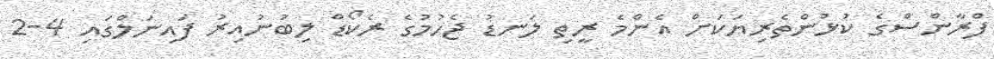
ފްރާންސްގެ ކުޅުންތެރިޔަކަށް އެންމެ ރީތި ލަނޑު ޖެހުމުގެ ރެކޯޑް ލިބުނުއިރު ފައިނަލްގައި 4-2